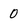
Character: 0